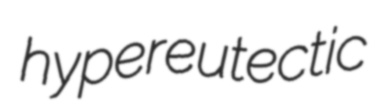
hypereutectic